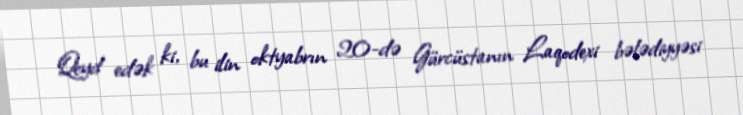
Qeyd edək ki, bu ilin oktyabrın 20-də Gürcüstanın Laqodexi bələdiyyəsi